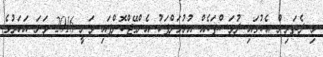
މި ދެތަރިން އެކުގައި ދުވަސްތަކެއް އުޅުމަށްފަހު އެންގޭޖްކޮށްފައި ވަނީ 2016 ވަަނަ އަހަރުގެ